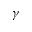
\gamma